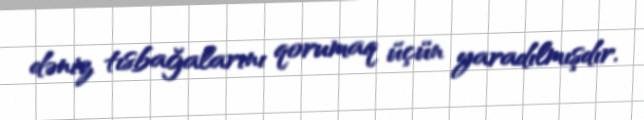
dəniz tısbağalarını qorumaq üçün yaradılmışdır.